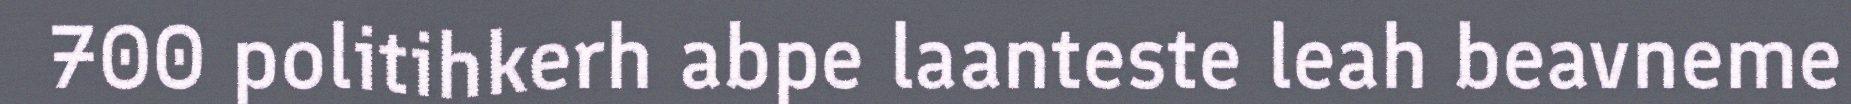
700 politihkerh abpe laanteste leah beavneme